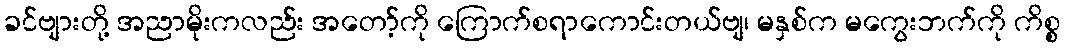
ခင်ဗျားတို့ အညာမိုးကလည်း အတော့်ကို ကြောက်စရာကောင်းတယ်ဗျ၊ မနှစ်က မကွေးဘက်ကို ကိစ္စ